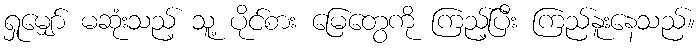
ရှုမျှော် မဆုံးသည့် သူ့ ပိုင်စား မြေတွေကို ကြည့်ပြီး ကြည်နူးနေသည်။